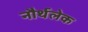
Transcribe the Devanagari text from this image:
नौर्थलेक